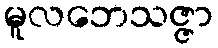
မူလဘေသဇ္ဇာ